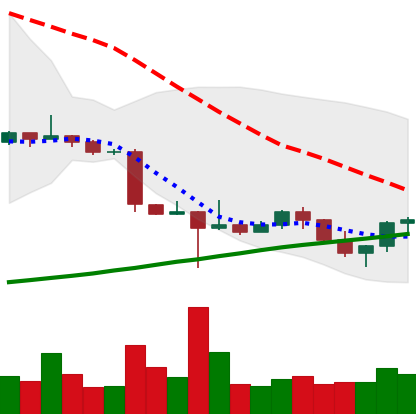
Ticker: ETC-USD
Chart end date: 2022-10-23
Forward return: 8.969%
Label: up_7plus